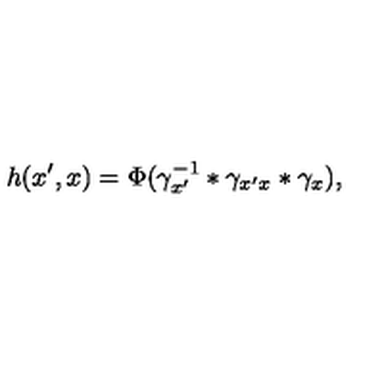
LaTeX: h ( x ^ { \prime } , x ) = \Phi ( \gamma _ { x ^ { \prime } } ^ { - 1 } * \gamma _ { x ^ { \prime } x } * \gamma _ { x } ) ,